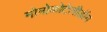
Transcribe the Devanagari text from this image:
मोनोकोटेलीडॉन